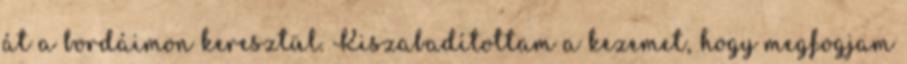
át a bordáimon keresztül. Kiszabadítottam a kezemet, hogy megfogjam